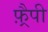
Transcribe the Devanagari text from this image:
फ़्रैपी